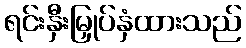
ရင်းနှီးမြှုပ်နှံထားသည်